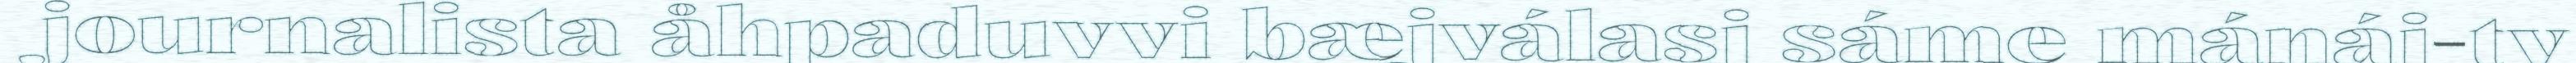
journalista åhpaduvvi bæjválasj sáme mánáj-tv